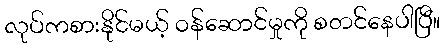
လုပ်ကစားနိုင်မယ့် ဝန်ဆောင်မှုကို စတင်နေပါပြီ။